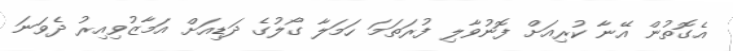
އެގޮތުން އޭނާ ކުރިއަށް ފޮނުވާލި ފުރަތަމަ ހަމަލާ ގޯލުގެ ދަޑިއަށް އަމާޒުވިއިރު ދެވަނަ